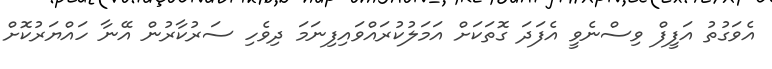
އެވަގުތު އަފީފް ވިސްނެވީ އެފަދަ ގޮތަކަށް އަމަލުކުރައްވައިފިނަމަ ދިވެހި ސަރުކާރުން އޭނާ ހައްޔަރުކޮށް